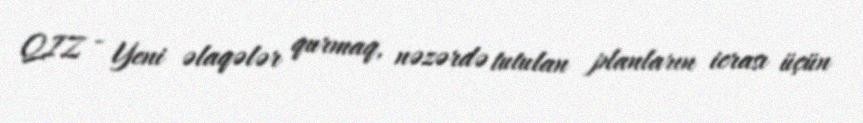
QIZ - Yeni əlaqələr qurmaq, nəzərdə tutulan planların icrası üçün